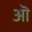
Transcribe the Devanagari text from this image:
अॊ